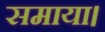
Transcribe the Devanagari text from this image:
समाया।